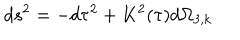
d s ^ { 2 } = - d \tau ^ { 2 } + K ^ { 2 } ( \tau ) d \Omega _ { 3 , k }